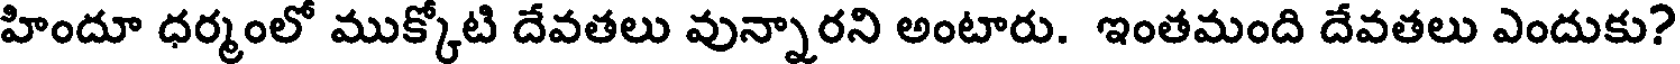
హిందూ ధర్మంలో ముక్కోటి దేవతలు వున్నారని అంటారు. ఇంతమంది దేవతలు ఎందుకు?